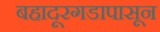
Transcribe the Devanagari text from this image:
बहादूरगडापासून